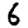
Digit: 6